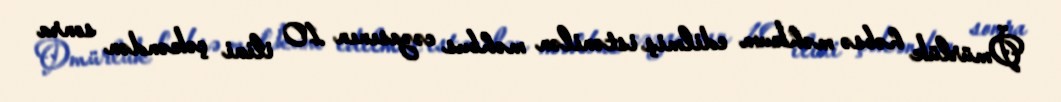
Ömürlük həbsə məhkum edilmiş istənilən məhbus cəzasının 10 ilini çəkəndən sonra